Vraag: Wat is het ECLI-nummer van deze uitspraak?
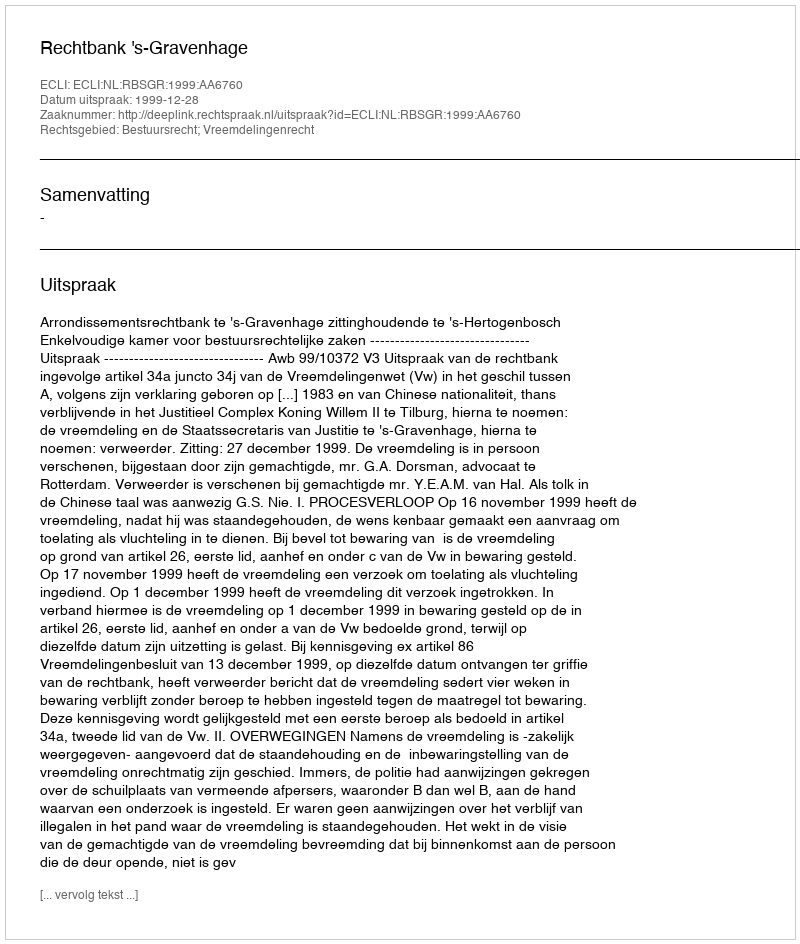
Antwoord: ECLI:NL:RBSGR:1999:AA6760